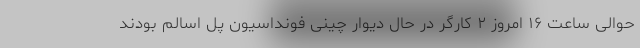
حوالی ساعت ۱۶ امروز ۲ کارگر در حال دیوار چینی فونداسیون پل اسالم بودند